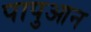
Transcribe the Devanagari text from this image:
पापुआन